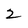
Character: 2